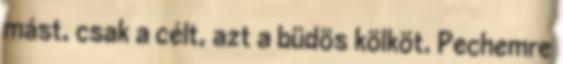
mást, csak a célt, azt a büdös kölköt. Pechemre